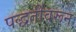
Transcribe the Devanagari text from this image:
पद्धतींवरून